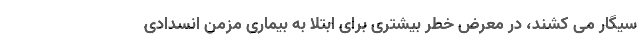
سیگار می کشند، در معرض خطر بیشتری برای ابتلا به بیماری مزمن انسدادی